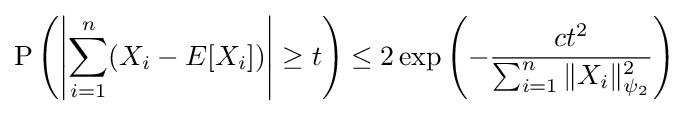
\mathrm {P} \left(\left|\sum _{i=1}^{n}(X_{i}-E[X_{i}])\right|\geq t\right)\leq 2\exp \left(-{\frac {ct^{2}}{\sum _{i=1}^{n}\Vert X_{i}\Vert _{\psi _{2}}^{2}}}\right)